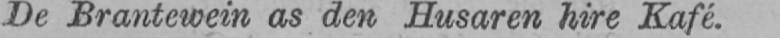
De Brantewein as den Husaren hire Kafé.